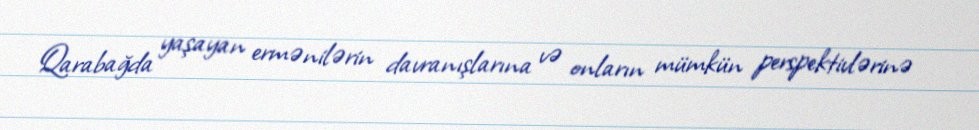
Qarabağda yaşayan ermənilərin davranışlarına və onların mümkün perspektivlərinə